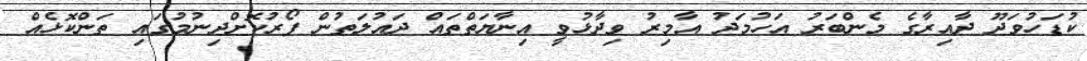
ކުޑަހުވަދޫ ދާއިރާގެ މެންބަރު އަހުމަދު އާމިރު ވިދާޅުވީ އިނާޔަތްތައް ދައުލަތުން ފޯރުކޮށްދިނުމުގައި ތަންކޮޅެއް